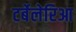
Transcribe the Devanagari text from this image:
टर्बेलेरिआ